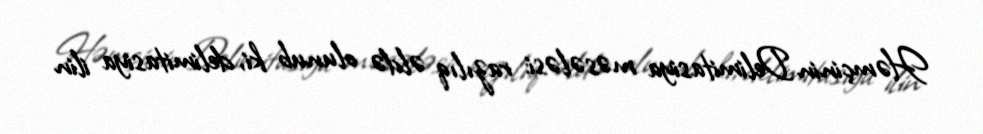
Həmçinin Delimitasiya məsələsi: razılıq əldə olunub ki, delimitasiya ilin